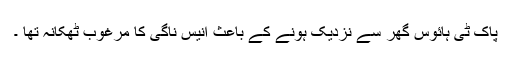
پاک ٹی ہائوس گھر سے نزدیک ہونے کے باعث انیس ناگی کا مرغوب ٹھکانہ تھا ۔